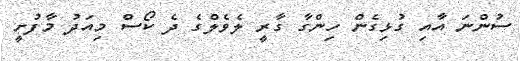
ސުންނަ އާއި ގުޅިގެން ހިންގާ ގާރީ ލެވެލްގެ ދެ ކޯސް މިއަދު މާފުށީ